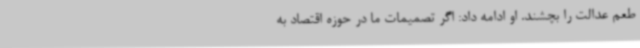
طعم عدالت را بچشند. او ادامه داد: اگر تصمیمات ما در حوزه اقتصاد به